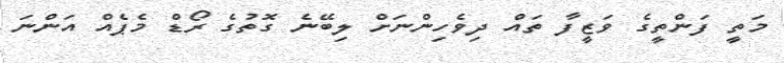
މަތީ ފަންތީގެ ވަޒީފާ ތައް ދިވެހިންނަށް ލިބޭނެ ގޮތުގެ ރޯޑް މެޕެއް އަންނަ